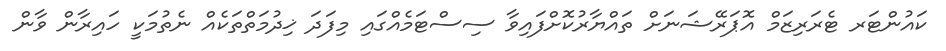
ކައުންޓަރ ޓެރަރިޒަމް އޮޕަރޭޝަނަށް ތައްޔާރުކޮށްފައިވާ ސިސްޓަމެއްގައި މިފަދަ ޚިދުމަތްތަކެއް ނެތުމަކީ ހައިރާން ވާން